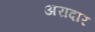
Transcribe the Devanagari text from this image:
अरादार